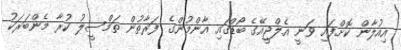
އިއުލާން ކޮށްފައި ވަނީ އެލްޖީއޭގެ ބޯޑްގައި އާންމުންގެ ފަރާތުން ތަމްސީލު ކުރާ މެންބަރަކު